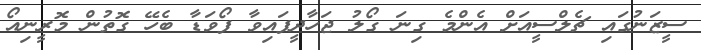
ސީޒަނުގައި ޗެލްސީއަށް އެންމެ ގިނަ ގޯލު ޖަހާދީފައިވާ ފޯވަޑާ ބެހޭ ގޮތުން މޮރީނިއޯ